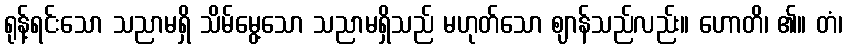
ရုန့်ရင်းသော သညာမရှိ သိမ်မွေ့သော သညာမရှိသည် မဟုတ်သော ဈာန်သည်လည်း။ ဟောတိ၊ ၏။ တံ၊